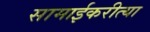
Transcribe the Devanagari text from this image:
सामाईकरीत्या